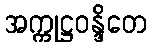
အက္ကုဋ္ဌဝန္ဒိတေ